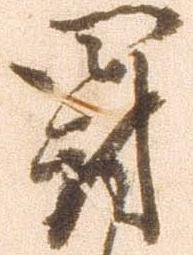
罰